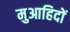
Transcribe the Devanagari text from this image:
मुआहिदों